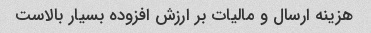
هزینه ارسال و مالیات بر ارزش افزوده بسیار بالاست